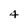
Character: 4